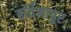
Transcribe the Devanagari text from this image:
हर्तिनापुर